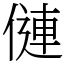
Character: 僆